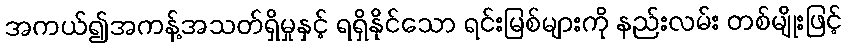
အကယ်၍အကန့်အသတ်ရှိမှုနှင့် ရရှိနိုင်သော ရင်းမြစ်များကို နည်းလမ်း တစ်မျိုးဖြင့်